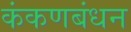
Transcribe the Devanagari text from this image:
कंकणबंधन